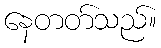
နေတတ်သည်။